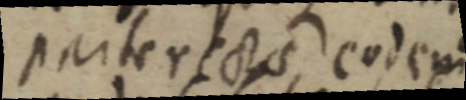
parter rectae eodem